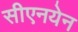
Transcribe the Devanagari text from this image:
सीएनयेन